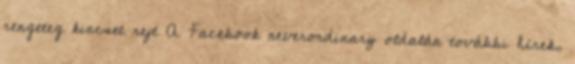
rengeteg kincset rejt A Facebook neverordinary oldalán további hírek,